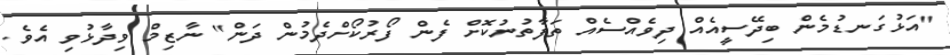
"އަޅުގަނޑުމެން ބިދޭސީއެއް ދިވެއްސެއް ތަފާތުނުކޮށް ފެން ފޯރުކޯށްދެމުން ދަން" ނާޒިމް ވިދާޅުވި އެވެ.